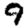
Digit: 9